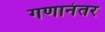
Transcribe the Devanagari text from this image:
गणानंतर